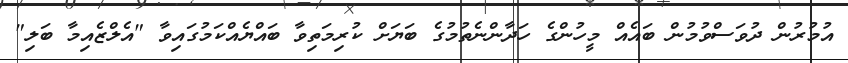
އުމުރުން ދުވަސްވުމުން ބައެއް މީހުންގެ ހަދާންނެތުމުގެ ބަޔަށް ކުރިމަތިވާ ބައްޔެއްކަމުގައިވާ "އެލްޒެއިމާ ބަލި"